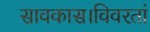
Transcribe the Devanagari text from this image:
सावकास।विवरतां